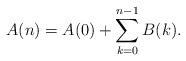
LaTeX: \begin{align*}A(n)=A(0)+\sum_{k=0}^{n-1}B(k).\end{align*}